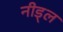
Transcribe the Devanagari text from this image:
नीड्ल